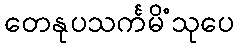
တေနုပသင်္ကမိံသုပေ